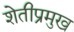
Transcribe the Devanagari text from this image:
शेतीप्रमुख